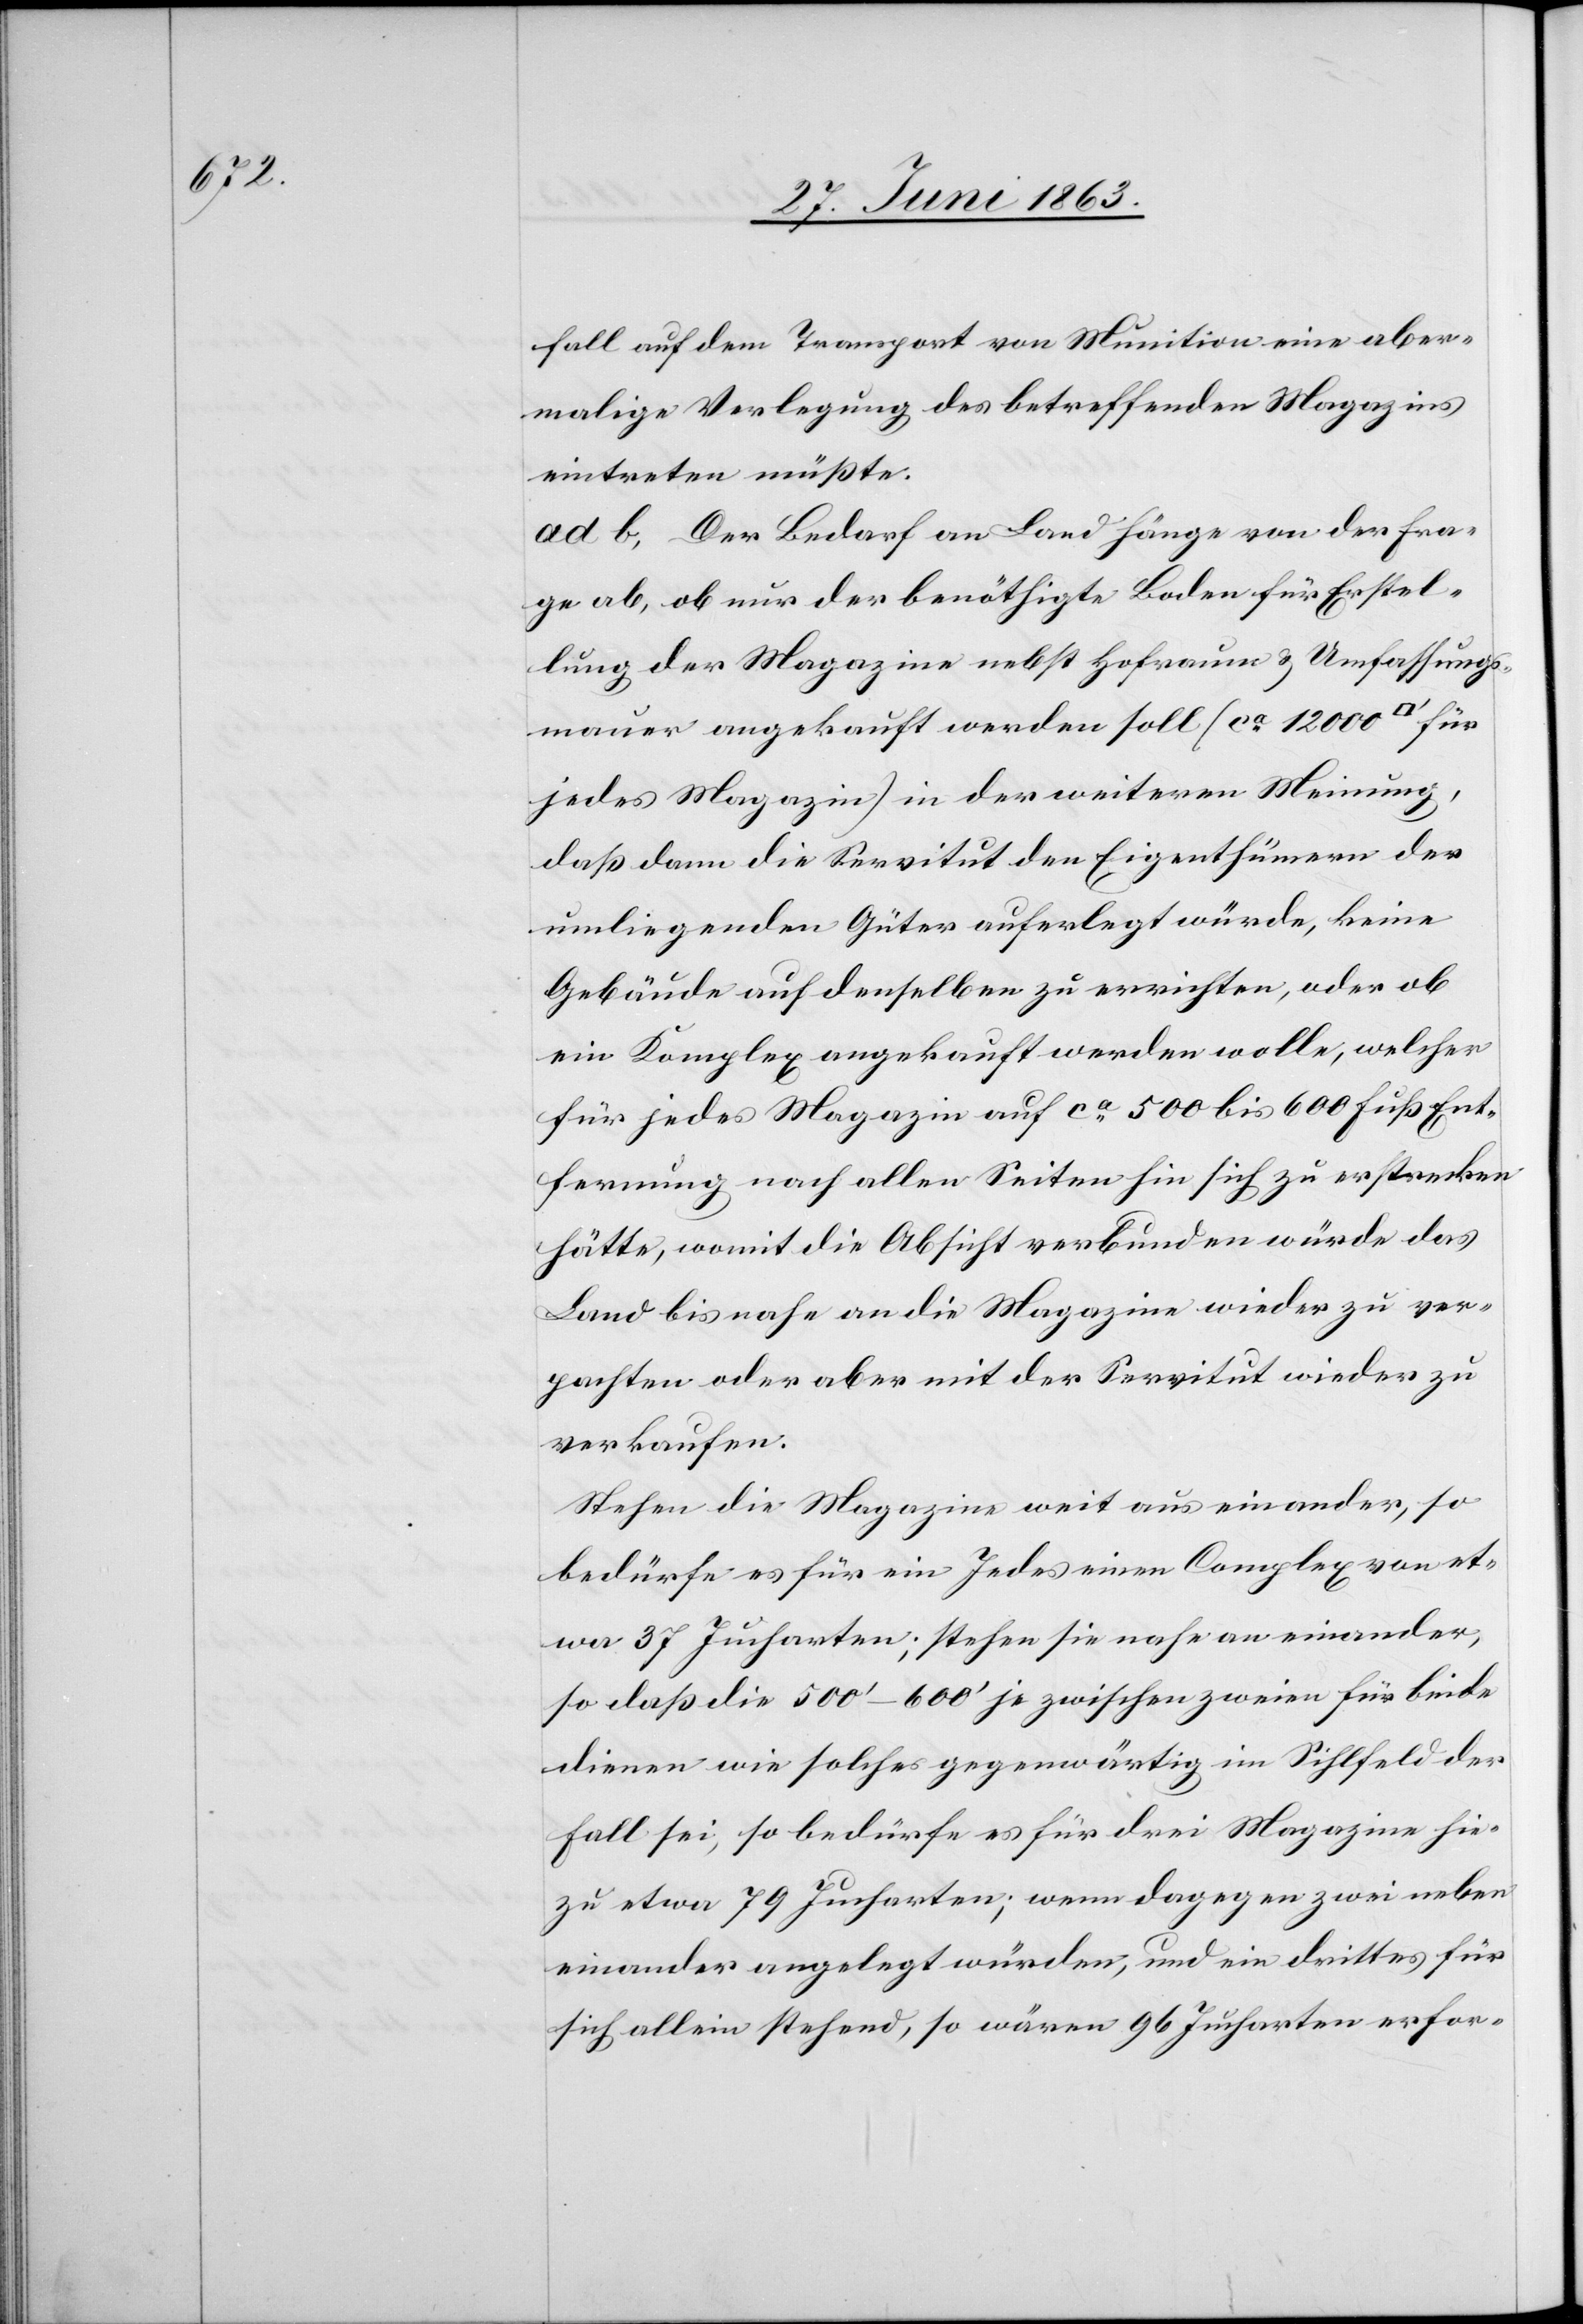
fall auf dem Transport von Munition eine aber¬
malige Verlegung des betreffenden Magazins
eintreten müßte.
ad b. Der Bedarf an Land hänge von der Fra¬
ge ab, ob nur der benöthigte Boden für Erstel¬
lung der Magazine nebst Hofraum & Umfassungs¬
mauer angekauft werden soll (ca 12 000 [Quadratfuss]
jedes Magazin) in der weiteren Meinung,
daß dann die Servitut den Eigenthümern der
umliegenden Güter auferlegt würde, keine
Gebäude auf denselben zu errichten, oder ob
ein Komplex angekauft werden wolle, welcher
für jedes Magazin auf ca 500 bis 600 Fuß Ent¬
fernung nach allen Seiten hin sich zu erstrecken
hätte, womit die Absicht verbunden würde das
Land bis nahe an die Magazine wieder zu ver¬
pachten oder aber mit der Servitut wieder zu
verkaufen.
Stehen die Magazine weit aus einander, so
bedürfe es für ein Jedes einen Complex von et¬
wa 37 Jucharten; stehen sie nahe aneinander,
so daß die 500'–600' je zwischen zweien für beide
dienen wie solches gegenwärtig im Sihlfeld der
Fall sei, so bedürfe es für drei Magazine hie¬
zu etwa 79 Jucharten; wenn dagegen zwei neben
einander angelegt würden, und ein drittes für
sich allein stehend, so wären 96 Jucharten erfor-